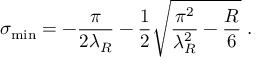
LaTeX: \sigma _ { \mathrm { m i n } } = - \frac { \pi } { 2 \lambda _ { R } } - \frac { 1 } { 2 } \sqrt { \frac { \pi ^ { 2 } } { \lambda _ { R } ^ { 2 } } - \frac { R } { 6 } } \; .